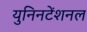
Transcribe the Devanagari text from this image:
युनिनटेंशनल